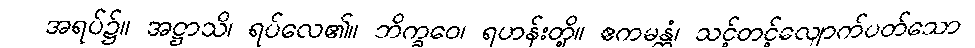
အရပ်၌။ အဋ္ဌာသိ၊ ရပ်လေ၏။ ဘိက္ခဝေ၊ ရဟန်းတို့။ ဧကမန္တံ၊ သင့်တင့်လျောက်ပတ်သော